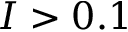
I > 0 . 1